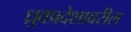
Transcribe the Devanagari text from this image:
ध्रुवप्रदेशावरील